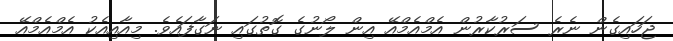
ޖަހައިގެން ނެރެ ސަރުކާރުން އެމްއެމްއޭ އިން ލޯނުގެ ގޮތުގައި ނަގާފައެވެ. މިއާއިއެކު އެމްއެމްއޭ